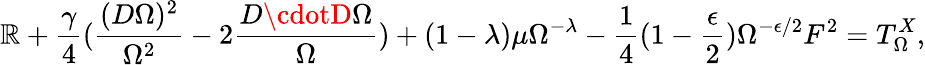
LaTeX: \mathbb{R}+\frac{{\gamma}}{{4}}(\frac{{(D\Omega)^{2}}}{{\Omega^{2}}}-2\frac{{D\cdotD\Omega}}{{\Omega}})+(1-\lambda)\mu\Omega^{-\lambda}-\frac{{1}}{{4}}(1-\frac{{\epsilon}}{{2}})\Omega^{-\epsilon/2}F^{2}=T_{\Omega}^{X},